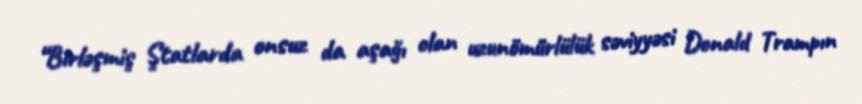
“Birləşmiş Ştatlarda onsuz da aşağı olan uzunömürlülük səviyyəsi Donald Trampın